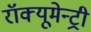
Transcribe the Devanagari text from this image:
रॉक्यूमेन्ट्री